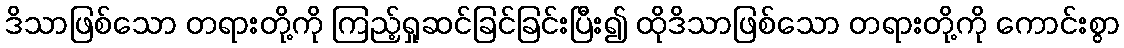
ဒိသာဖြစ်သော တရားတို့ကို ကြည့်ရှုဆင်ခြင်ခြင်းပြီး၍ ထိုဒိသာဖြစ်သော တရားတို့ကို ကောင်းစွာ